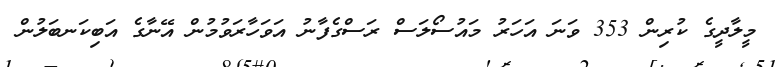
މީލާދީގެ ކުރިން 353 ވަނަ އަހަރު މައުސޯލަސް ރަސްގެފާނު އަވަހާރަވުމުން އޭނާގެ އަބިކަނބަލުން